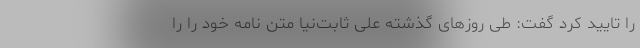
را تایید کرد گفت: طی روزهای گذشته علی ثابت‌نیا متن نامه‌ خود را را